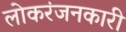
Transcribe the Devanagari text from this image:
लोकरंजनकारी